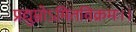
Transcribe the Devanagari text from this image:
प्रद्युम्नोऽमितविक्रमः।।